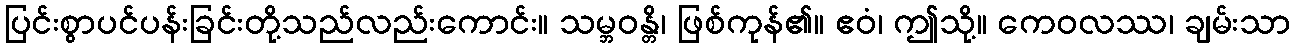
ပြင်းစွာပင်ပန်းခြင်းတို့သည်လည်းကောင်း။ သမ္ဘဝန္တိ၊ ဖြစ်ကုန်၏။ ဧဝံ၊ ဤသို့။ ကေဝလဿ၊ ချမ်းသာ